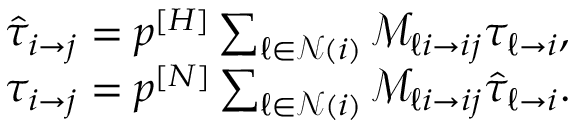
\begin{array} { l } { \hat { \tau } _ { i \rightarrow j } = p ^ { [ H ] } \sum _ { \ell \in \mathcal { N } ( i ) } \mathcal { M } _ { \ell i \rightarrow i j } \tau _ { \ell \rightarrow i } , } \\ { \tau _ { i \rightarrow j } = p ^ { [ N ] } \sum _ { \ell \in \mathcal { N } ( i ) } \mathcal { M } _ { \ell i \rightarrow i j } \hat { \tau } _ { \ell \rightarrow i } . } \end{array} { }